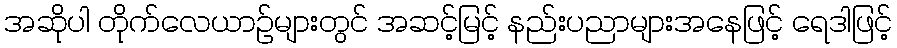
အဆိုပါ တိုက်လေယာဉ်များတွင် အဆင့်မြင့် နည်းပညာများအနေဖြင့် ရေဒါဖြင့်